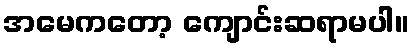
အမေကတော့ ကျောင်းဆရာမပါ။